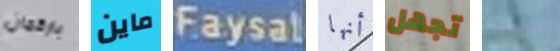
باركمان ماين Faysal أنها تجهل اقوله